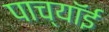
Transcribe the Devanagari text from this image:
पाच्यॉई